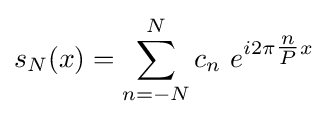
s_{N}(x)=\sum _{n=-N}^{N}c_{n}\ e^{i2\pi {\tfrac {n}{P}}x}